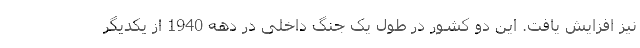
نیز افزایش یافت. این دو کشور در طول یک جنگ داخلی در دهه 1940 از یکدیگر